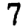
Digit: 7